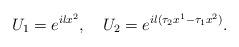
LaTeX: \begin{align*}U_1 = e^{i l x^2}, \quad U_2 = e^{i l(\tau_2 x^1 - \tau_1 x^2)}.\end{align*}